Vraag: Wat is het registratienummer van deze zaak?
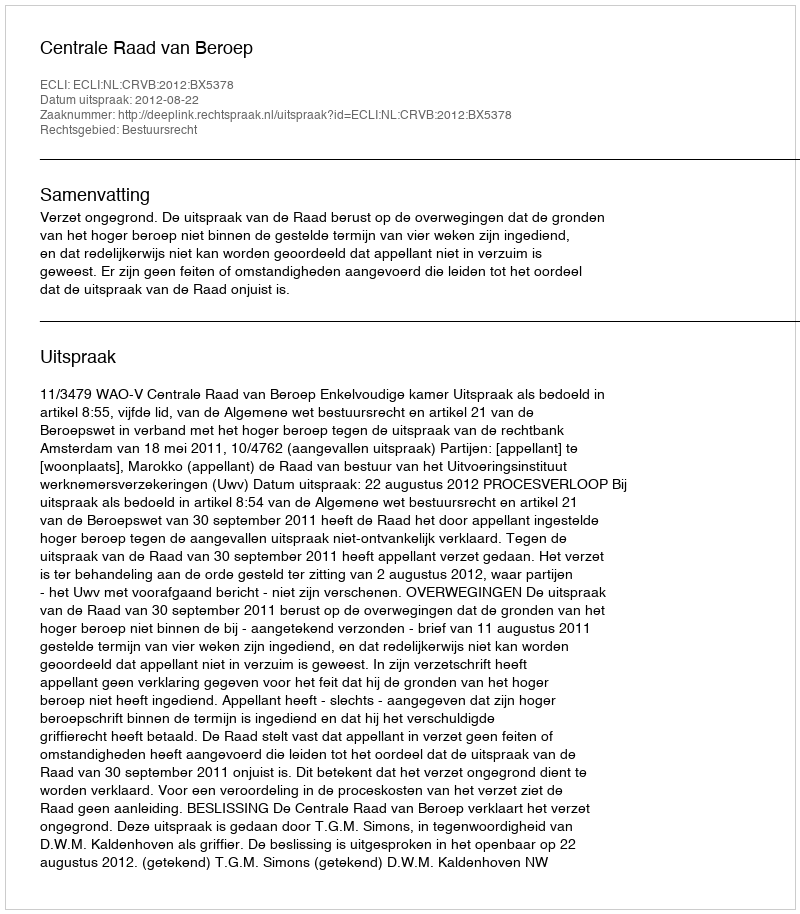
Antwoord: http://deeplink.rechtspraak.nl/uitspraak?id=ECLI:NL:CRVB:2012:BX5378